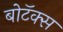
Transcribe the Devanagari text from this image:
बोटॅक्स